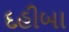
દહીબા